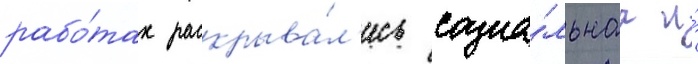
рабо́тах раскрыва́л'ись социа́льнаа и́